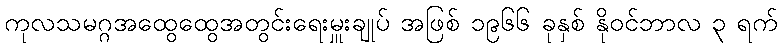
ကုလသမဂ္ဂအထွေထွေအတွင်းရေးမှူးချုပ် အဖြစ် ၁၉၆၆ ခုနှစ် နိုဝင်ဘာလ ၃ ရက်